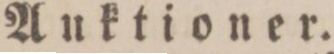
Anktioner.